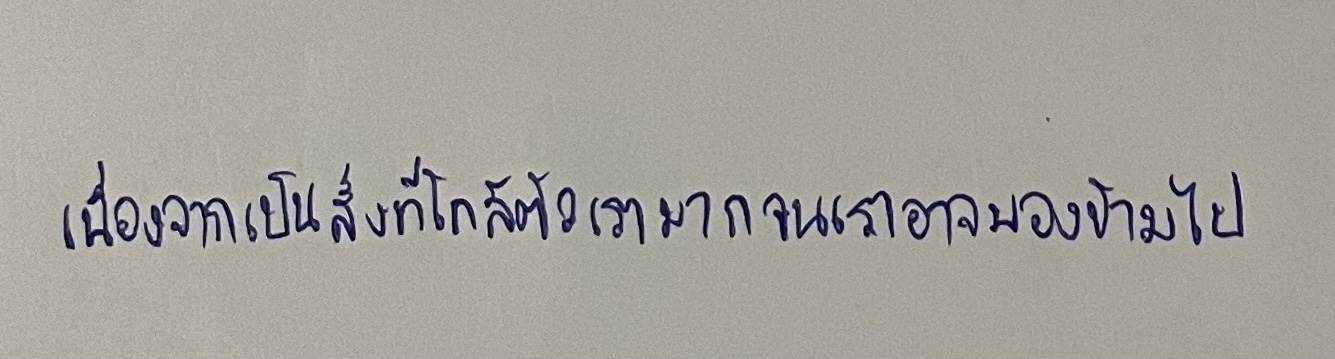
เนื่องจากเป็นสิ่งที่ใกล้ตัวเรามากจนเราอาจมองข้ามไป